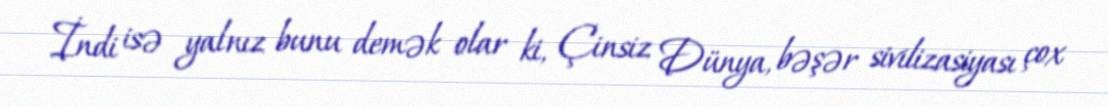
İndi isə yalnız bunu demək olar ki, Çinsiz Dünya, bəşər sivilizasiyası çox